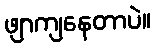
ဖျာကျနေတာပဲ။